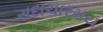
સદાચારમય